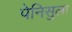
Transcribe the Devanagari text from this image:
पेनिसुला